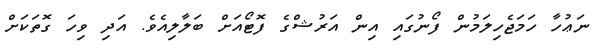
ނަޢުހާ ހަމަޖެހިލަމުން ފޯނުގައި އިން އަރުޝްގެ ފޮޓޯއަށް ބަލާލިއެވެ. އަދި ވިހަ ގޮތަކަށް